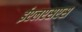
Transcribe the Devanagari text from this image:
ईएलएसएस